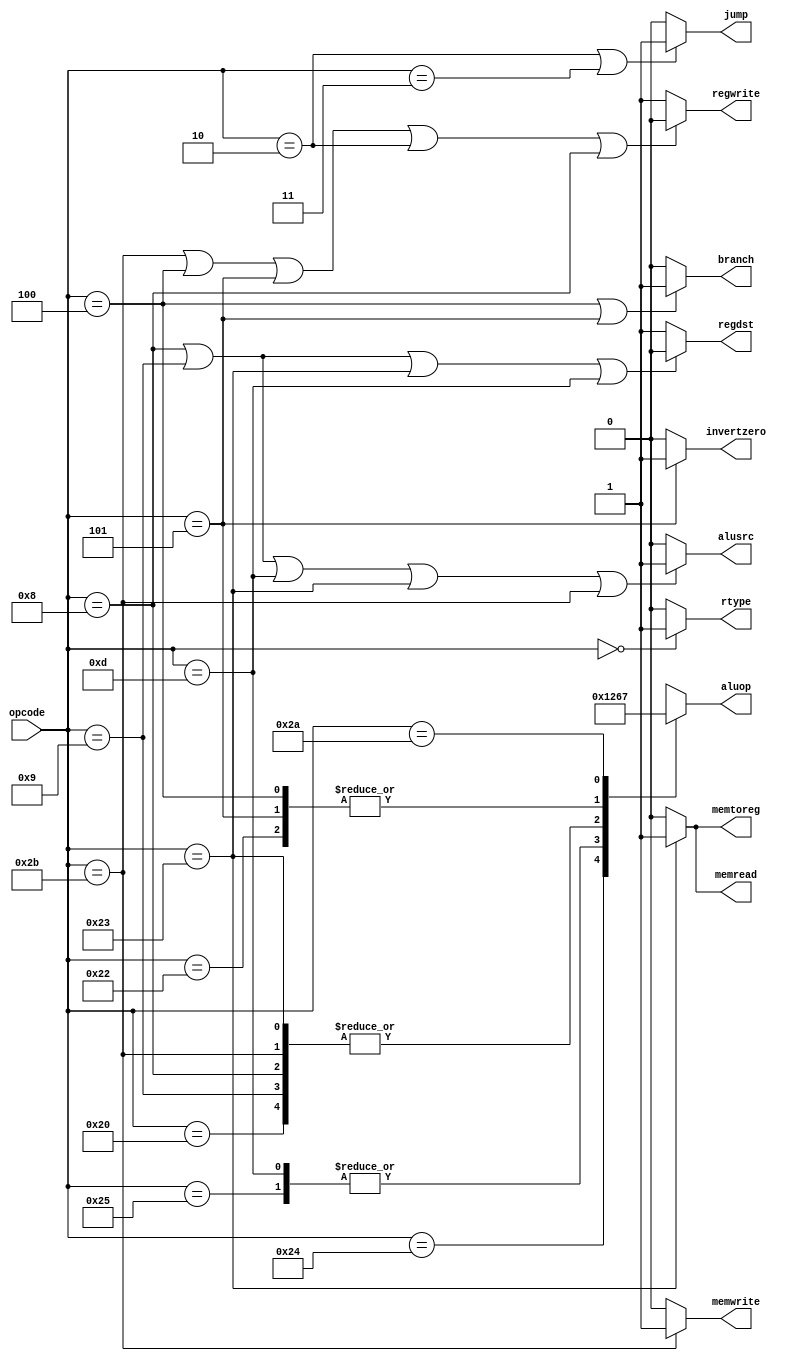
//`include "alucontrol.v"


module control (input [31:26] opcode,
                output reg regdst,jump,
                branch,memread,memtoreg,
                output reg [3:0] aluop,
                output reg rtype, memwrite,
                alusrc,regwrite,invertzero);
    initial begin
        regdst <= 0;
        jump <= 0;
        branch <= 0;
        memread <= 0;
        memtoreg <= 0;
        aluop <= 0;
        rtype <= 0;
        memwrite <= 0;
        alusrc <= 0;
        regwrite <= 0;
        invertzero <= 0;
    end
    always @(opcode) begin

        regdst <= (opcode == 6'b001000 || opcode == 6'b001101 || opcode == 6'b100011) ? 0 : 1;


        jump <= (opcode == 6'b000010||opcode == 6'b000011) ? 1 : 0;


        branch <= (opcode ==6'b000100||opcode == 6'b000101) ? 1 : 0;


        memread <= (opcode ==6'b100011) ? 1 : 0;


        memtoreg <= (opcode == 6'b100011) ? 1 : 0;

        case(opcode)
            6'b100100: aluop = 4'b0000;
            6'b100101: aluop = 4'b0001;
            6'b001101: aluop = 4'b0001;
            6'b100000: aluop = 4'b0010;
            6'b001000: aluop = 4'b0010;
            6'b001001: aluop = 4'b0010; //TODO The alu needs to differentiate addi addiu
            6'b100011: aluop = 4'b0010;
            6'b101011: aluop = 4'b0010;
            6'b100010: aluop = 4'b0110;
            6'b000100: aluop = 4'b0110;
            6'b000101: aluop = 4'b0110;
            6'b101010: aluop = 4'b0111;
            default: aluop = 4'bxxxx;
        endcase;

        rtype <= (opcode == 6'h0) ? 1 : 0;


        memwrite <= (opcode ==6'b101011) ? 1 : 0;

 
        alusrc <= (opcode==6'b001000||opcode == 6'b001001||opcode==6'b001101||opcode==6'b100011||opcode==6'b101011)?1:0;

        regwrite <= (opcode == 6'b101011||opcode == 6'b000100||opcode == 6'b000101||opcode == 6'b000010||opcode == 6'b001000) ? 0 : 1;


        regdst <= (opcode == 6'b001000||opcode == 6'b001001||opcode == 6'b100011||opcode == 6'b001101) ? 0 : 1;


        invertzero <= (opcode == 6'b000101) ? 1 : 0;


    end
endmodule